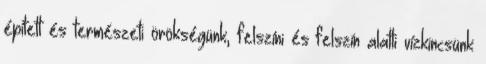
épített és természeti örökségünk, felszíni és felszín alatti vízkincsünk